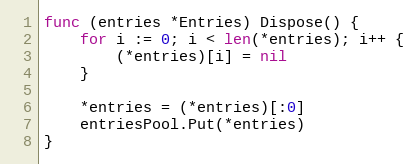
Language: Go
func (entries *Entries) Dispose() {
	for i := 0; i < len(*entries); i++ {
		(*entries)[i] = nil
	}

	*entries = (*entries)[:0]
	entriesPool.Put(*entries)
}